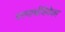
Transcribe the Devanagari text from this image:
परमार्थविवेका